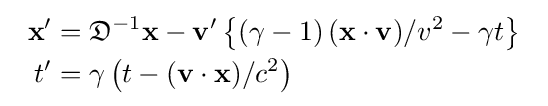
{\begin{array}{c}{\begin{aligned}\mathbf {x} '&={\mathfrak {D}}^{-1}\mathbf {x} -\mathbf {v} '\left\{\left(\gamma -1\right)(\mathbf {x\cdot v} )/v^{2}-\gamma t\right\}\\t'&=\gamma \left(t-(\mathbf {v} \cdot \mathbf {x} )/c^{2}\right)\end{aligned}}\end{array}}